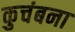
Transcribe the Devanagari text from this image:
कुचंबना